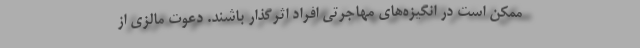
ممکن است در انگیزه‌های مهاجرتی افراد اثرگذار باشند. دعوت مالزی از